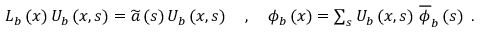
\begin{array} { r } { L _ { b } \left( x \right) U _ { b } \left( x , s \right) = \widetilde { a } \left( s \right) U _ { b } \left( x , s \right) \quad , \quad \phi _ { b } \left( x \right) = \sum _ { s } U _ { b } \left( x , s \right) \, \overline { { \phi } } _ { b } \left( s \right) \; . } \end{array}